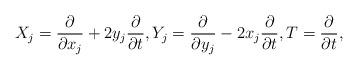
LaTeX: \begin{align*}X_j={\partial \over \partial x_j} + 2y_j {\partial\over\partial t}, Y_j={\partial \over \partial y_j} - 2x_j {\partial\over\partial t}, T={\partial\over \partial t},\end{align*}